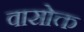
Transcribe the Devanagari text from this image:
वासोक्त